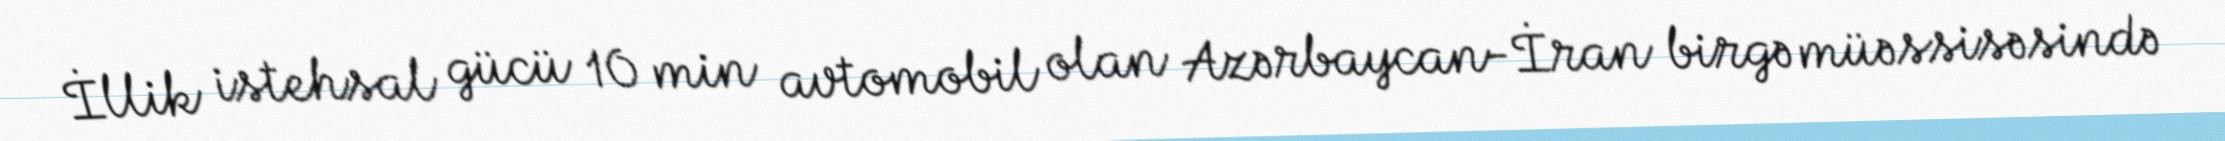
İllik istehsal gücü 10 min avtomobil olan Azərbaycan-İran birgə müəssisəsində